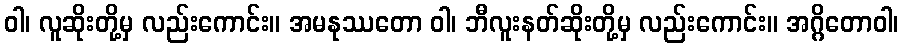
ဝါ၊ လူဆိုးတို့မှ လည်းကောင်း။ အမနုဿတော ဝါ၊ ဘီလူးနတ်ဆိုးတို့မှ လည်းကောင်း။ အဂ္ဂိတောဝါ၊